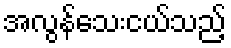
အလွန်သေးငယ်သည့်